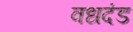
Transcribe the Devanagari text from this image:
वधदंड